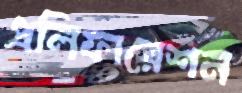
প্রলিফারেশন